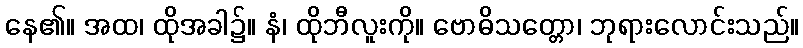
နေ၏။ အထ၊ ထိုအခါ၌။ နံ၊ ထိုဘီလူးကို။ ဗောဓိသတ္တော၊ ဘုရားလောင်းသည်။